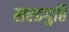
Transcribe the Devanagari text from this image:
सरडगुहि